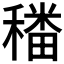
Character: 𮃪